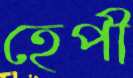
হেপী